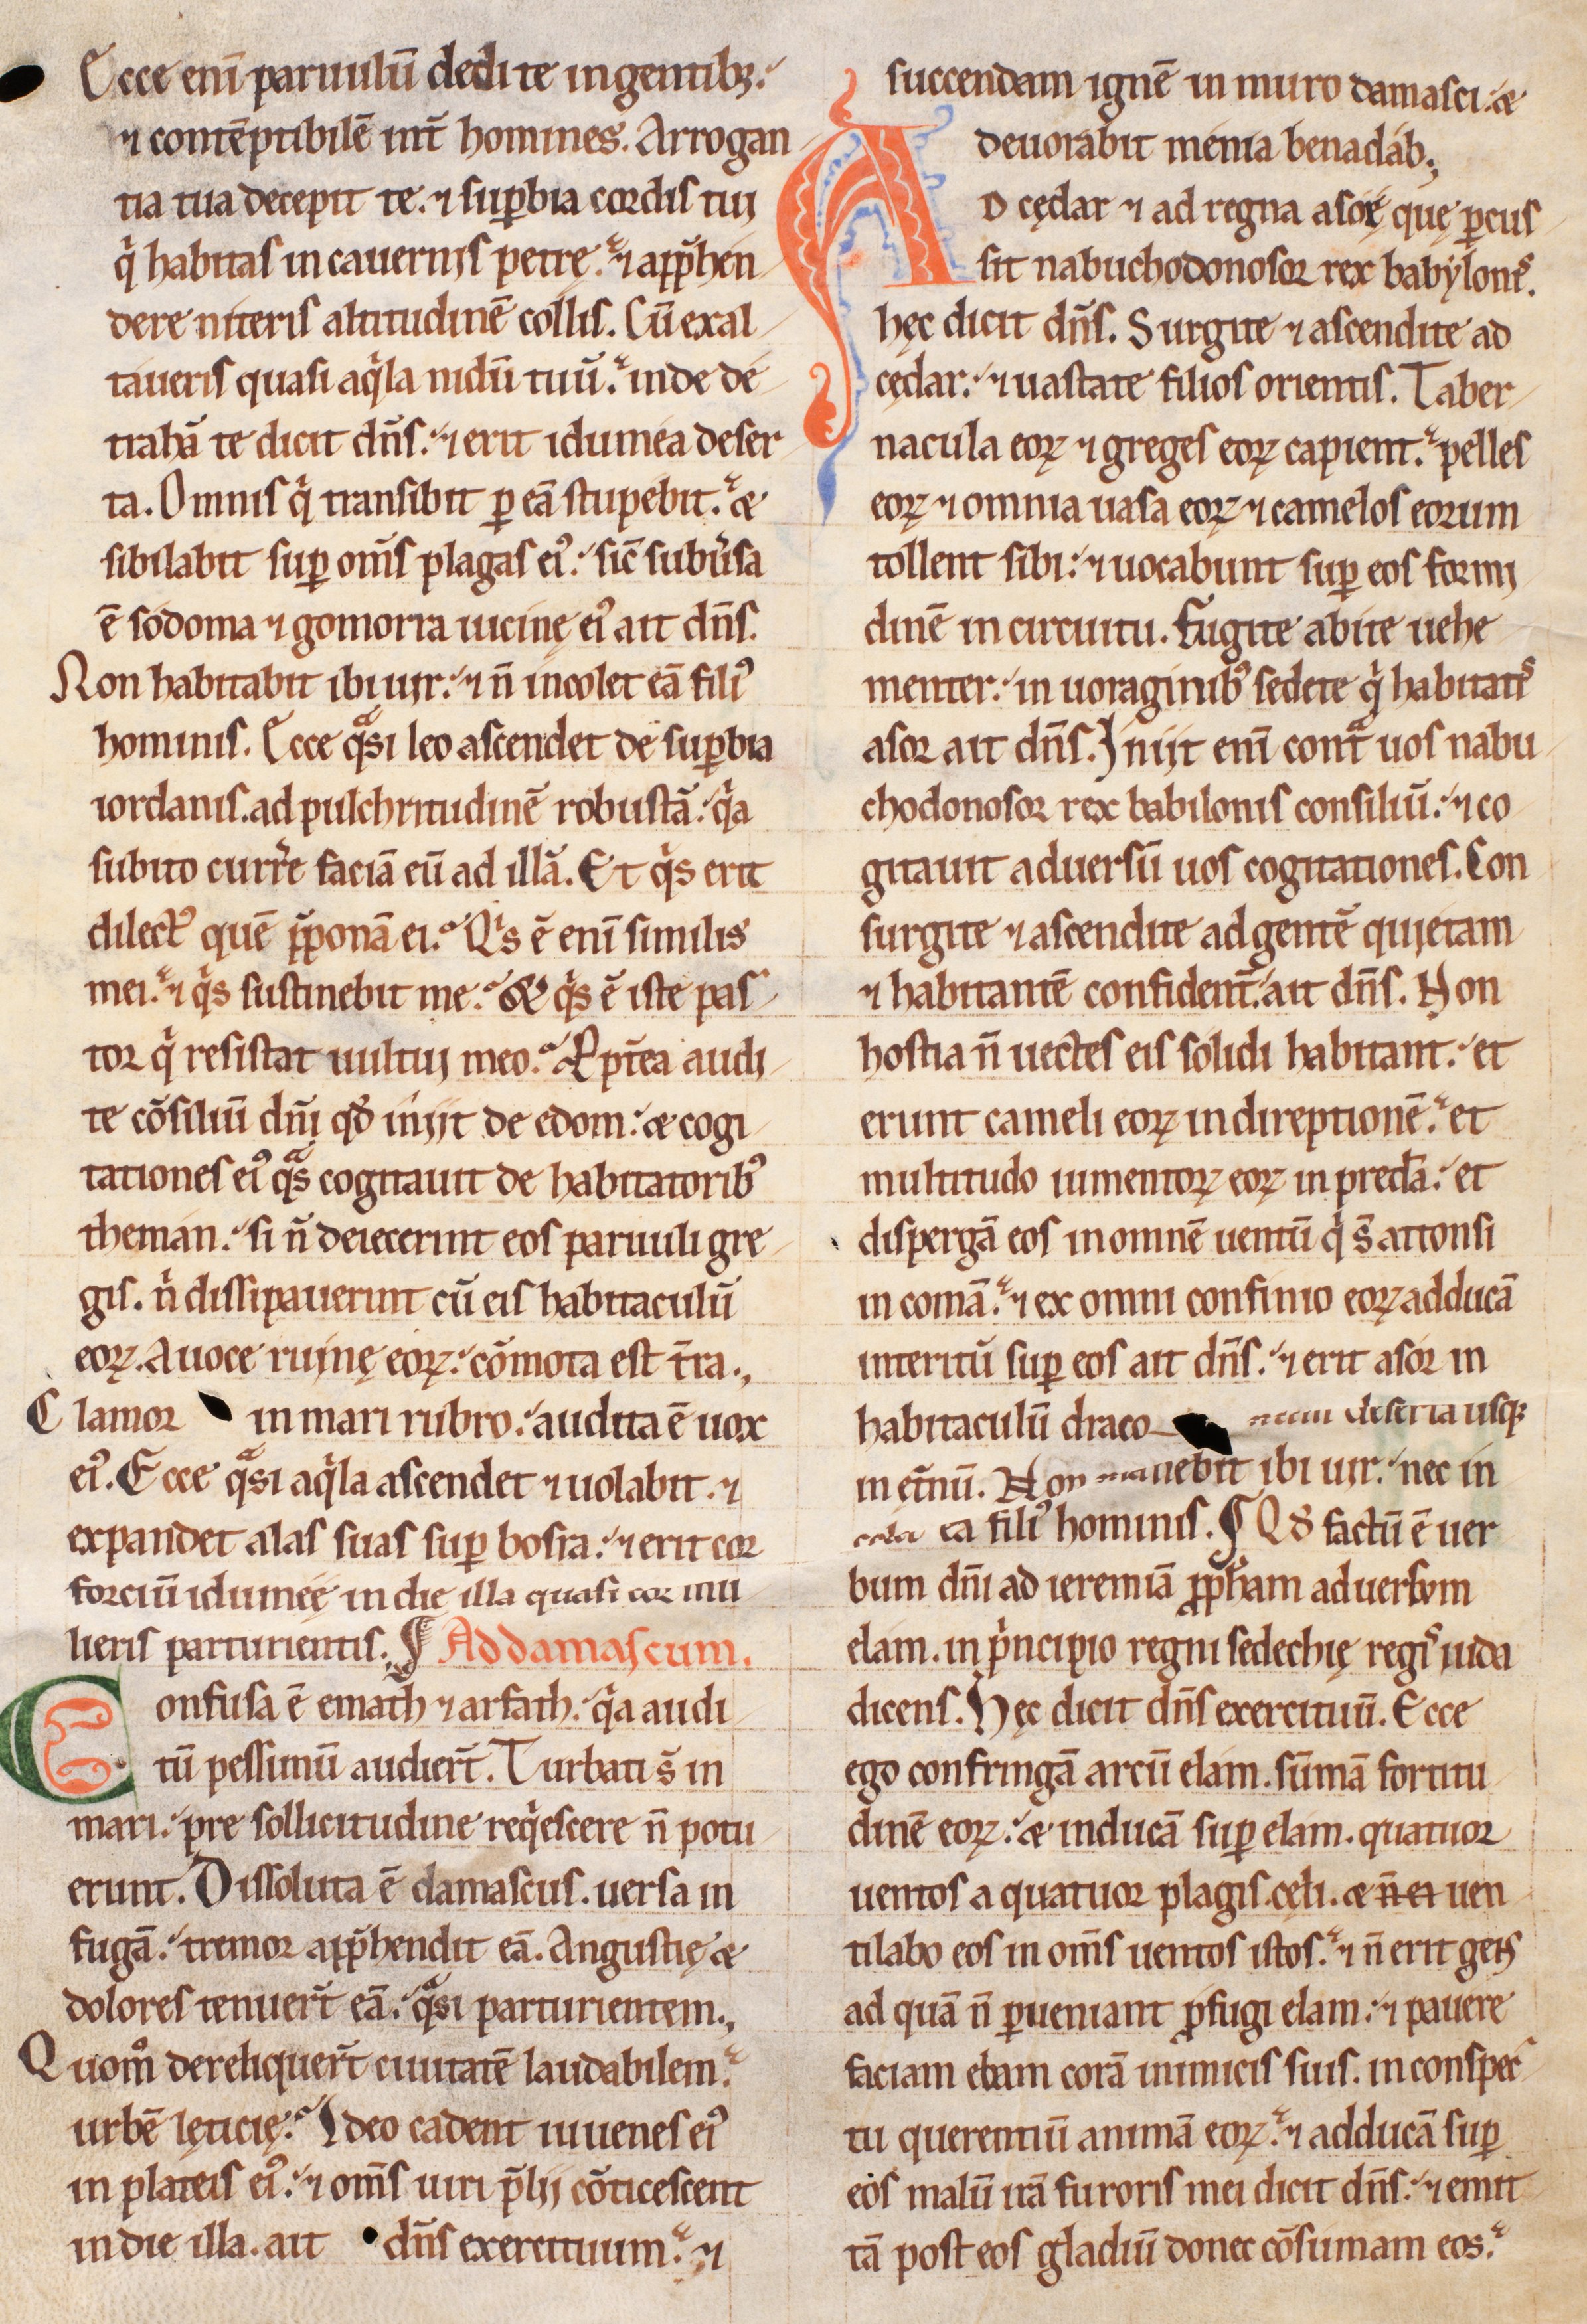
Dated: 1200–1249